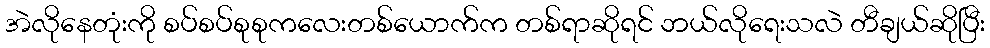
အဲလိုနေတုံးကို စပ်စပ်စုစုကလေးတစ်ယောက်က တစ်ရာဆိုရင် ဘယ်လိုရေးသလဲ တီချယ်ဆိုပြီး